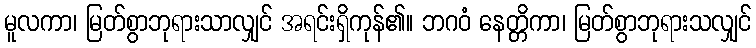
မူလကာ၊ မြတ်စွာဘုရားသာလျှင် အရင်းရှိကုန်၏။ ဘဂဝံ နေတ္တိကာ၊ မြတ်စွာဘုရားသလျှင်